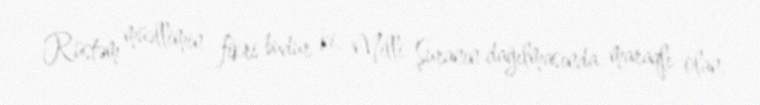
Rüstəm müəllimin fikri budur ki, Milli Şuranın dağılmasında maraqlı olan,